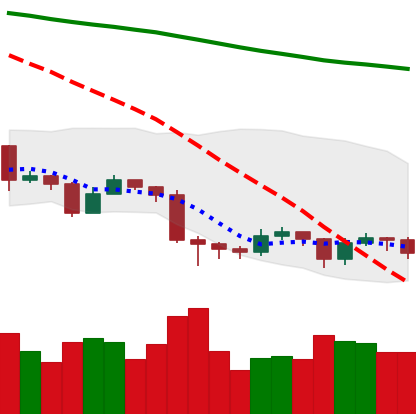
Ticker: EOS-USD
Chart end date: 2019-08-25
Forward return: -9.583%
Label: down_7plus